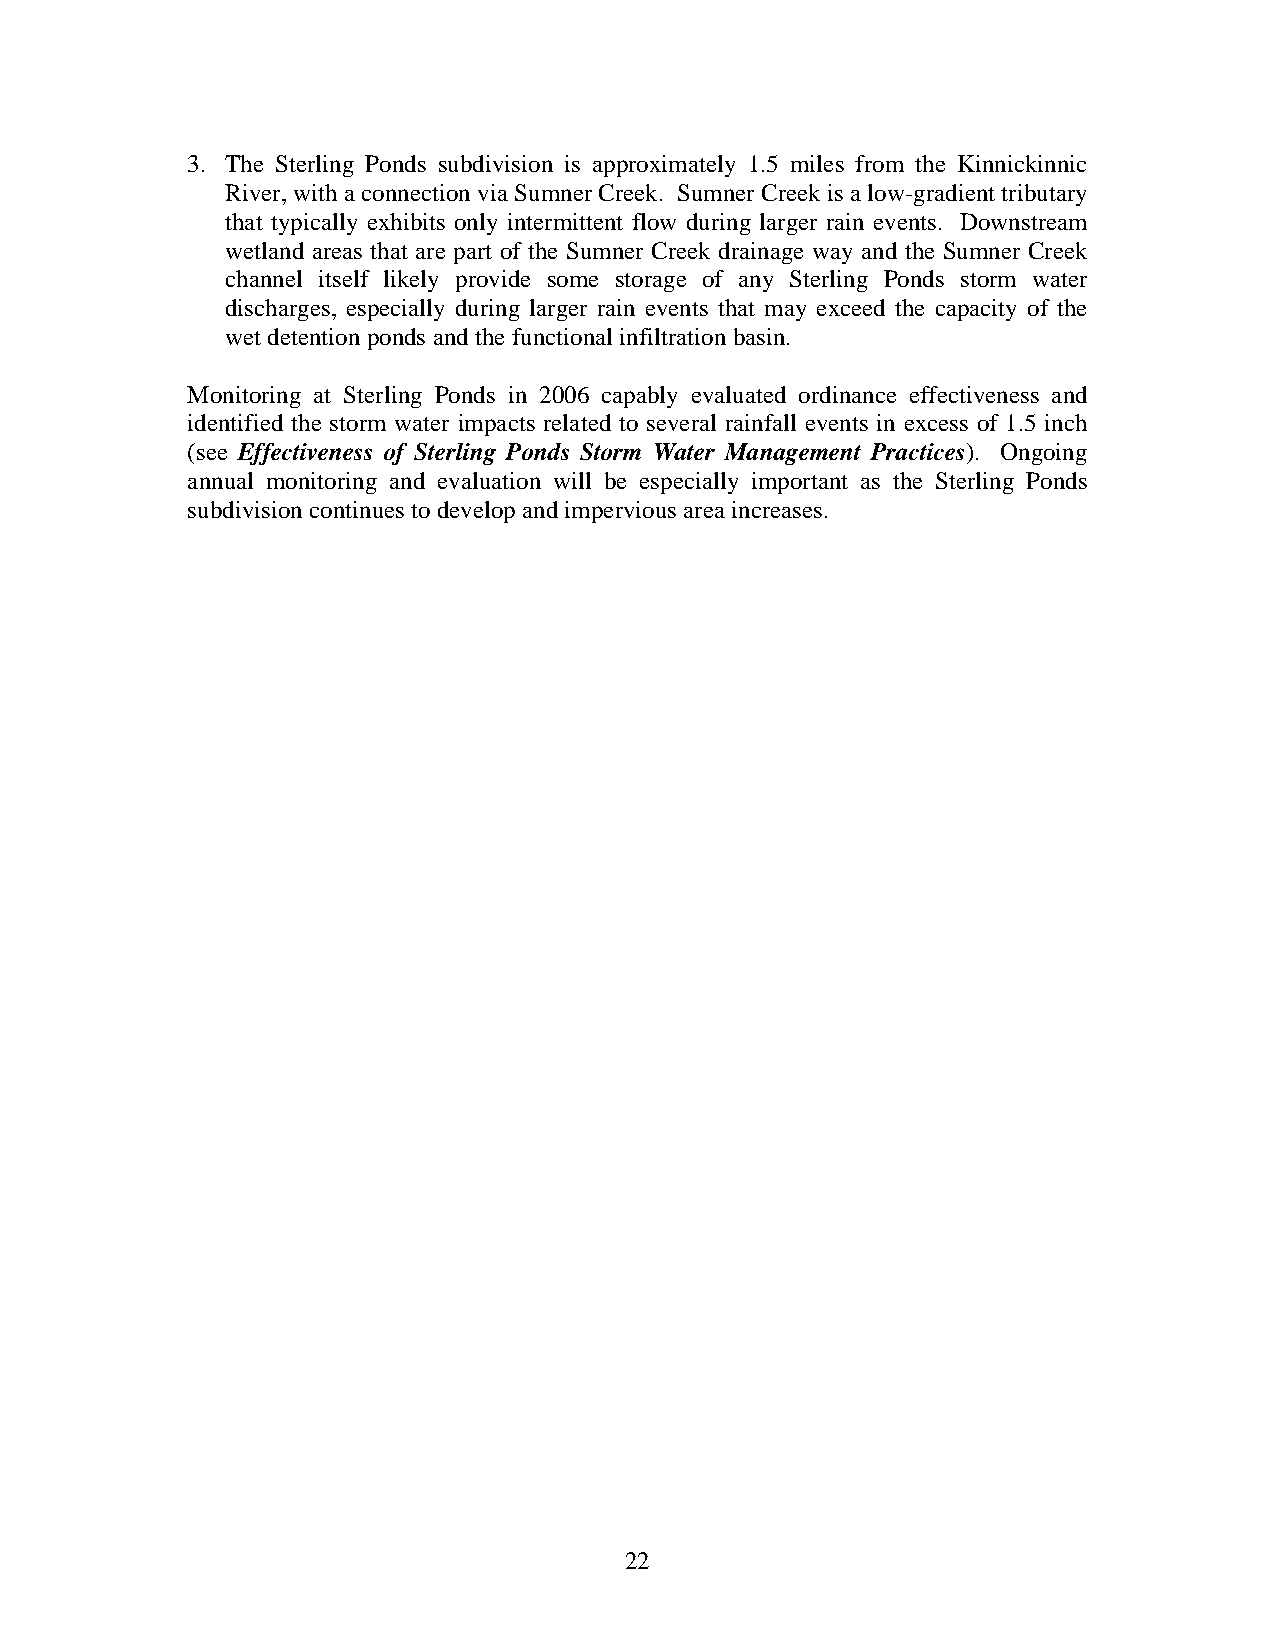
3. The Sterling Ponds subdivision is approximately 1.5 miles from the Kinnickinnic
 River, with a connection via Sumner Creek. Sumner Creek is a low-gradient tributary
 that typically exhibits only intermittent flow during larger rain events. Downstream
 wetland areas that are part of the Sumner Creek drainage way and the Sumner Cree k
 channel itself likely provide some storage of any Sterling Ponds storm water
 discharges, especially during l arger rain events that may exceed the capacity of the
 wet detention ponds and the functional infiltration basin.
 Monito ring a t Sterling Ponds i n 2006 capably evaluated ordina nce effectiveness and
 identified the storm water impacts related to s everal rainfall events in excess of 1.5 inch
 (see Effectiveness of Sterling Ponds Storm Water Management Practices) . Ongoing
 annual monitoring and evaluation w ill be especially important as the Sterling Ponds
 subdivision continues to develop and impervious area increases.
 22